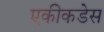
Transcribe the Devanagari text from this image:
एकीकडेस